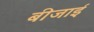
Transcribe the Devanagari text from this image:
बीजाई